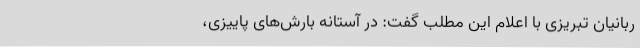
ربانیان تبریزی با اعلام این مطلب گفت: در آستانه بارش‌های پاییزی،